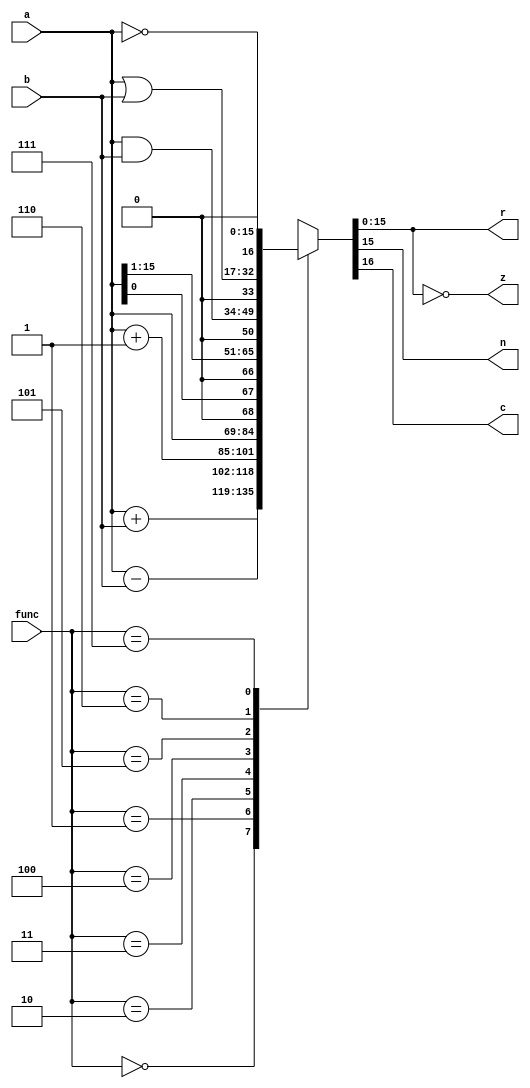
module alu (
  input [2:0] func,
  input [15:0] a, b,
  output reg [15:0] r,
  output reg z, n, c
);

  parameter ADD = 3'b000;
  parameter SUB = 3'b001;
  parameter INC = 3'b010;
  parameter SHL = 3'b011;
  parameter SHR = 3'b100;
  parameter AND = 3'b101;
  parameter ORR = 3'b110;
  parameter NOT = 3'b111;

  always @(*) begin
    // calculate result and carry
    case (func)
      ADD: {c, r} = a + b;
      SUB: {c, r} = a - b;
      INC: {c, r} = a + 1'b1;
      SHL: {c, r} = {a[15], a << 1'b1};
      SHR: {c, r} = {a[0], a >> 1'b1};
      AND: {c, r} = {1'b0, a & b};
      ORR: {c, r} = {1'b0, a | b};
      NOT: {c, r} = {1'b0, ~a};
    endcase

    // calculate zero and negative flags
    z = (r == 16'b0);
    n = r[15];
  end

endmodule